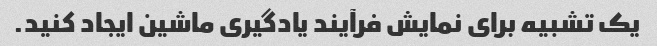
یک تشبیه برای نمایش فرآیند یادگیری ماشین ایجاد کنید.